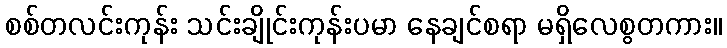
စစ်တလင်းကုန်း သင်းချိုင်းကုန်းပမာ နေချင်စရာ မရှိလေစွတကား။